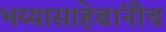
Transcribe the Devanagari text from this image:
भय्यासाहेबांनीच